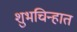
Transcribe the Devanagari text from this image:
शुभचिन्हात